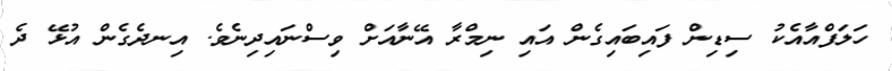
ހަލަފްއާއެކު ސިޑިން ފައިބައިގެން އައި ނިމްރާ އޭނާއަށް ވިސްނައިދިނެވެ. އިނދެގެން އުޅޭ ދެ